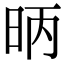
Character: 昞